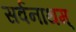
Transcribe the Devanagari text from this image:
सर्वनाथम्